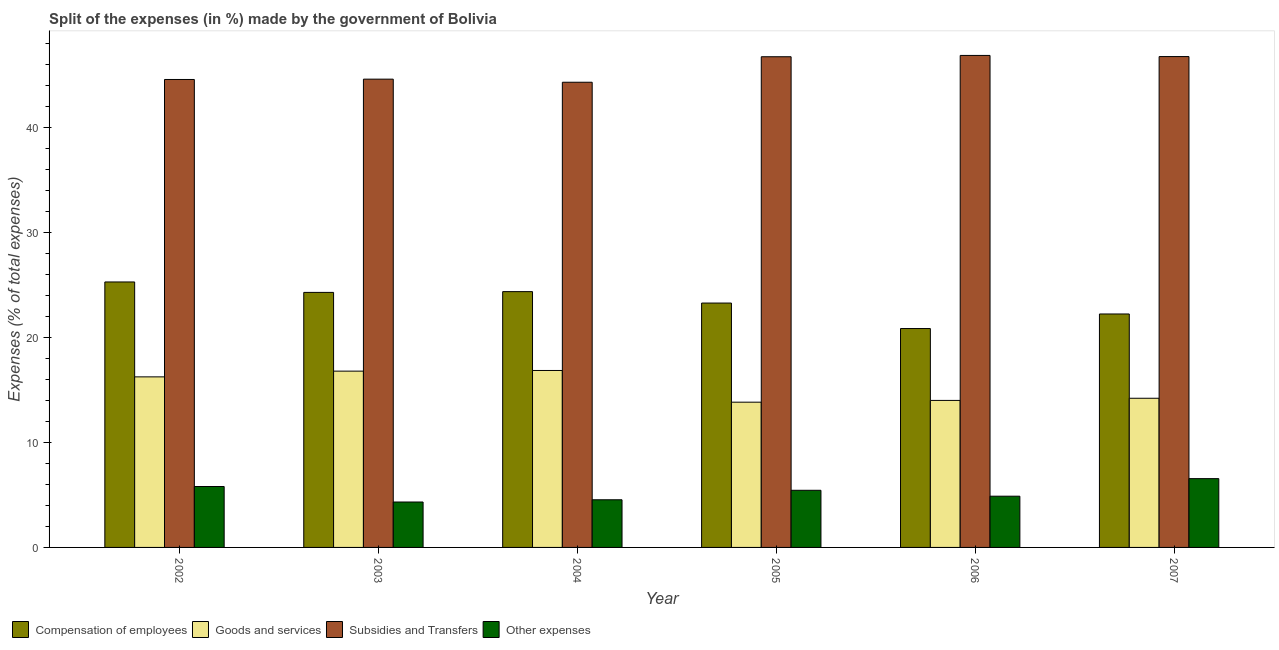
| Year | Compensation of employees | Goods and services | Subsidies and Transfers | Other expenses |
 | --- | --- | --- | --- | --- |
 | 2002 | 25.3 | 16.2 | 44.5 | 5.8 |
 | 2003 | 24.3 | 16.8 | 44.6 | 4.32 |
 | 2004 | 24.3 | 16.8 | 44.3 | 4.53 |
 | 2005 | 23.3 | 13.8 | 46.7 | 5.44 |
 | 2006 | 20.8 | 14 | 46.8 | 4.87 |
 | 2007 | 22.2 | 14.2 | 46.7 | 6.55 |